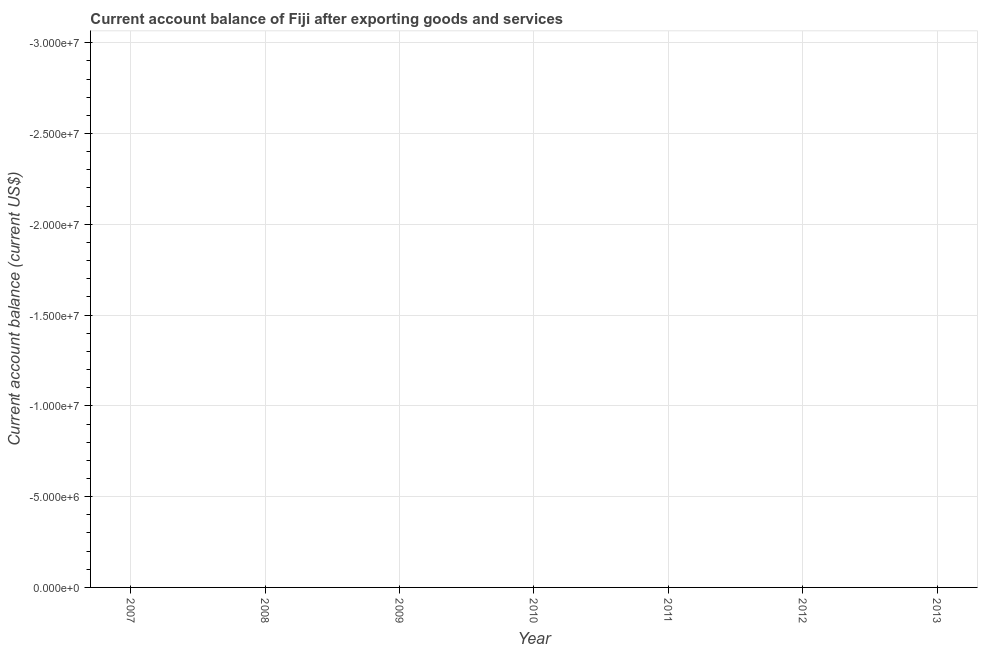
| Year | Current account balance |
 | --- | --- |
 | 2007 | -3.87e+08 |
 | 2008 | -5.29e+08 |
 | 2009 | -1.24e+08 |
 | 2010 | -1.42e+08 |
 | 2011 | -1.95e+08 |
 | 2012 | -5.59e+07 |
 | 2013 | -5.61e+08 |